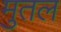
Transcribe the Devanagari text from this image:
मुतल